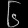
Digit: ၆